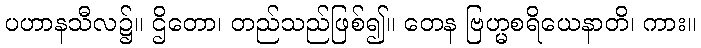
ပဟာနသီလ၌။ ဌိတော၊ တည်သည်ဖြစ်၍။ တေန ဗြဟ္မစရိယေနာတိ၊ ကား။